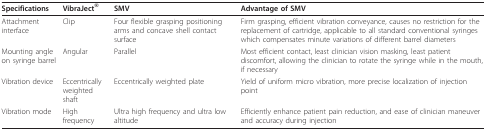
| Specifications | VibraJect® | SMV | Advantage of SMV |
 | --- | --- | --- | --- |
 | Attachment interface | Clip | Four flexible grasping positioning arms and concave shell contact surface | Firm grasping, efficient vibration conveyance, causes no restriction for the replacement of cartridge, applicable to all standard conventional syringes which compensates minute variations of different barrel diameters |
 | Mounting angle on syringe barrel | Angular | Parallel | Most efficient contact, least clinician vision masking, least patient discomfort, allowing the clinician to rotate the syringe while in the mouth, if necessary |
 | Vibration device | Eccentrically weighted shaft | Eccentrically weighted plate | Yield of uniform micro vibration, more precise localization of injection point |
 | Vibration mode | High frequency | Ultra high frequency and ultra low altitude | Efficiently enhance patient pain reduction, and ease of clinician maneuver and accuracy during injection |